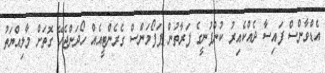
އެޑްވާންސް ފައިސާ ދެއްކެއިރު ކުންފުނީގެ ފަރާތުން ޕަފޯމަންސް ގެރެންޓީއެއް ހޯދަންޖެހޭ ގޮތަށް މާލިއްޔަތު